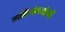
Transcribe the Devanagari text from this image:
महिलोपयोगी